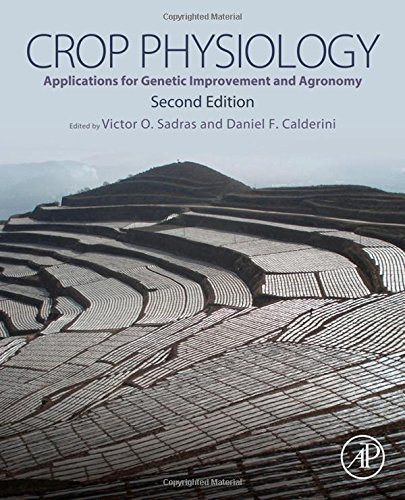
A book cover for Crop Physiology, Second Edition: Applications for Genetic Improvement and Agronomy; Victor O. Sadras; Science & Math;